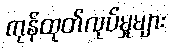
ကုန်ထုတ်လုပ်မှုများ